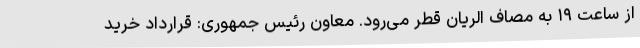
از ساعت ١٩ به مصاف الریان قطر می‌رود. معاون رئیس جمهوری: قرارداد خرید